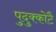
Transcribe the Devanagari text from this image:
पुदुक्कोटै